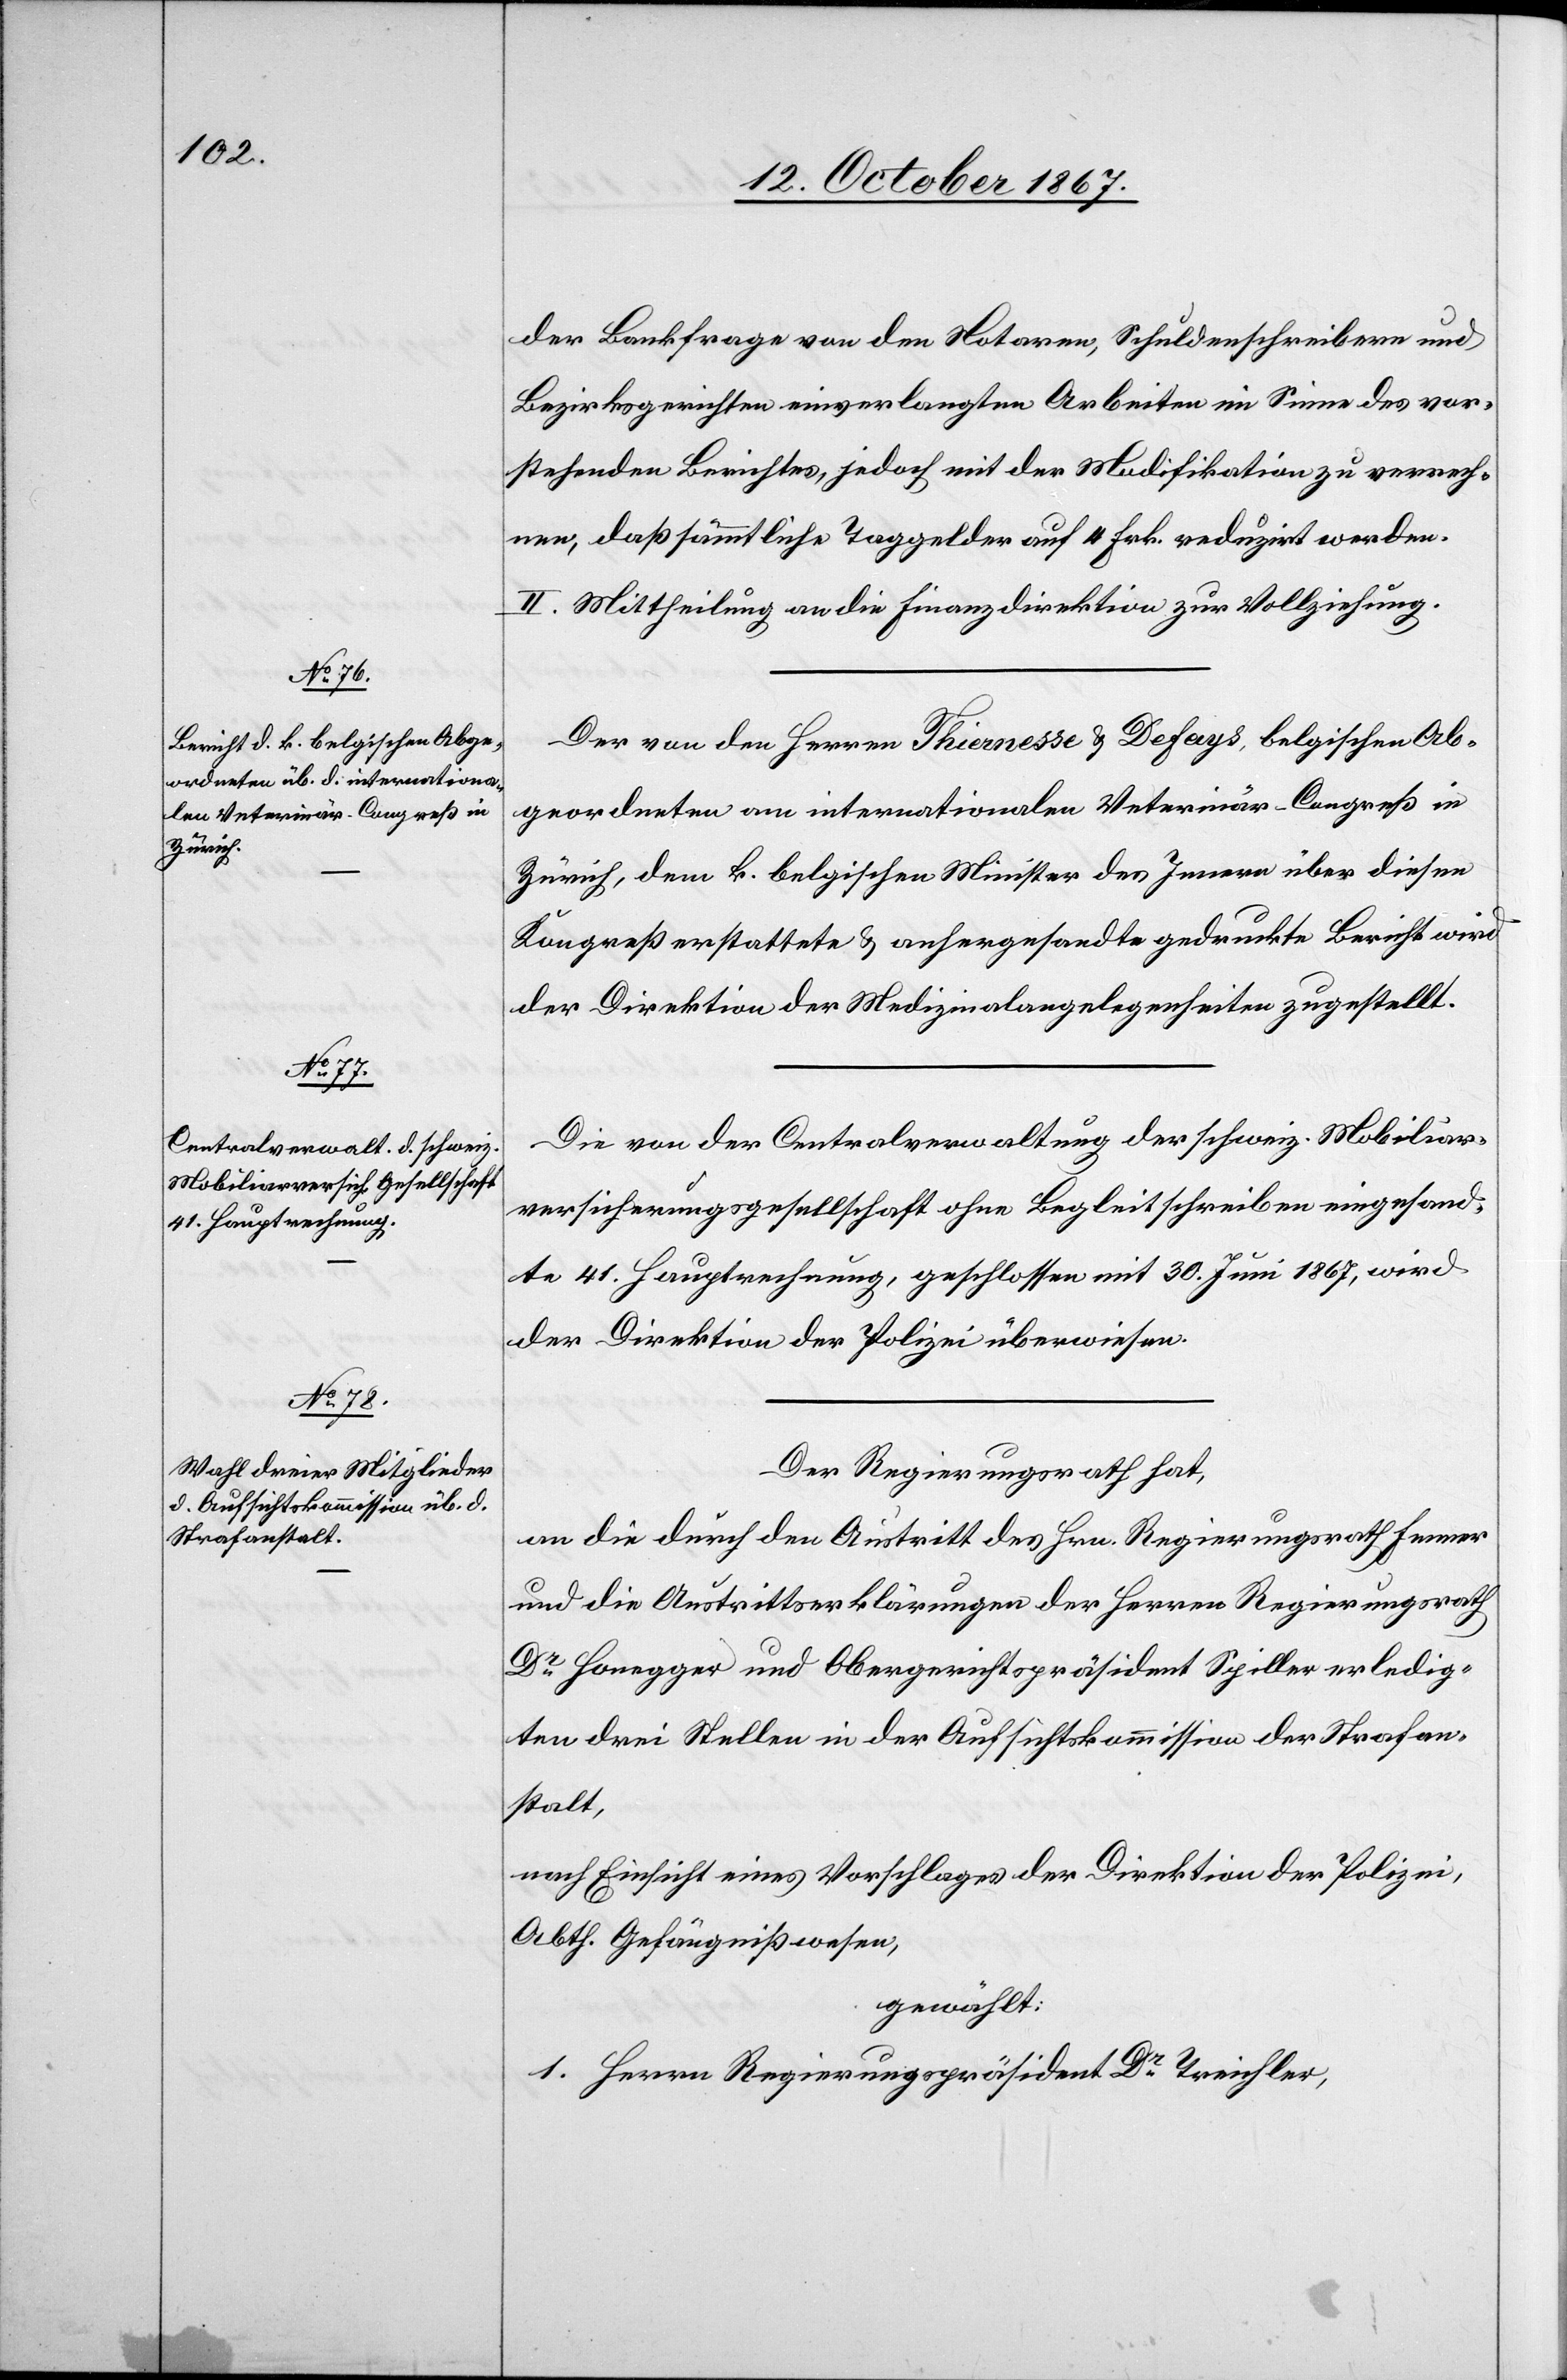
der Bankfrage von den Notaren, Schuldenschreibern und
Bezirksgerichten einverlangten Arbeiten im Sinne des vor¬
stehenden Berichtes, jedoch mit der Modifikation zu verrech¬
nen, daß sämmtliche Taggelder auf 4 Frk. reduzirt werden.
II. Mittheilung an die Finanzdirektion zur Vollziehung.
Der von den Herrn Thiennesse u. Defays, belgischen Ab¬
geordneten am internationalen Veterinär-Congreß in
Zürich, dem k. belgischen Minister des Innern über diesen
Kongreß erstattete u. anhergesandte gedruckte Bericht wird
der Direktion der Medizinalangelegenheiten zugestellt.
Die von der Centralverwaltung der schweiz. Mobiliar¬
versicherungsgesellschaft ohne Begleitschreiben eingesand¬
te 41. Hauptrechnung, geschlossen mit 30. Juni 1867, wird
der Direktion der Polizei überwiesen.
Der Regierungsrath hat,
an die durch den Austritt des Hrn. Regierungsrath Fenner
und die Austrittserklärung der Herren Regierungsrath
Dr Honegger und Obergerichtspräsident Spiller erledig¬
ten drei Stellen in der Aufsichtskommission der Strafan¬
stalt,
nach Einsicht eines Antrages der Direktion der Polizei,
Abth. Gefängnißwesen,
gewählt:
1. Herrn Regierungspräsident Dr Treichler,